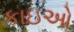
કાઇઓ